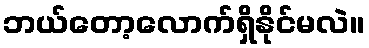
ဘယ်တော့လောက်ရှိနိုင်မလဲ။